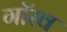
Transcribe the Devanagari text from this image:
गॉरव